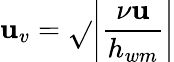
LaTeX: \mathbf{u}_{v}=\sqrt{}{{\left|\frac{{\nu\mathbf{u}}}{{h_{wm}}}\right|}}